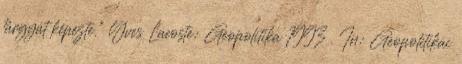
tárgyát képezte.” Yves Lacoste: Geopolitika 1993 . In: Geopolitikai